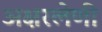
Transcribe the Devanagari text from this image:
अक्षरलेणी